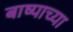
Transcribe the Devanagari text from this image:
बाष्पाच्या